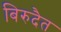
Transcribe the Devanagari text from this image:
बिरुदैत